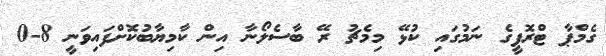
ގެމްޕާ ޓްރޮފީގެ ނަމުގައި ކުޅޭ މިމެޗު ރޭ ބާސެލޯނާ އިން ކާމިޔާބުކޮށްފައިވަނީ 8-0